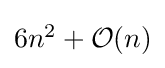
{\textstyle 6n^{2}+{\mathcal {O}}(n)}